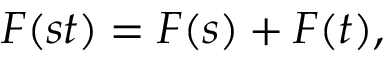
F ( s t ) = F ( s ) + F ( t ) ,